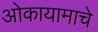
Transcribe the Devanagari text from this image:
ओकायामाचे